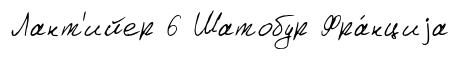
Лант'ийер 6 Шатобур Фра́нциjа